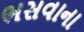
ભસવાના